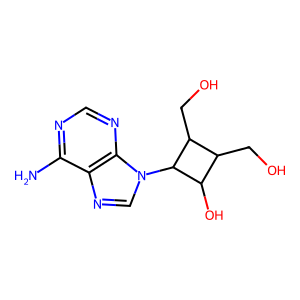
SMILES: Nc1ncnc2c1ncn2C1C(O)C(CO)C1CO
Inhibits HIV replication: No